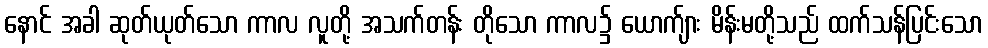
နောင် အခါ ဆုတ်ယုတ်သော ကာလ လူတို့ အသက်တန်း တိုသော ကာလ၌ ယောက်ျား မိန်းမတို့သည် ထက်သန်ပြင်းသော